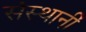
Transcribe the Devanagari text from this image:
संस्थानीं